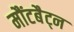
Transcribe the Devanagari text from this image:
मौंटबैट्न